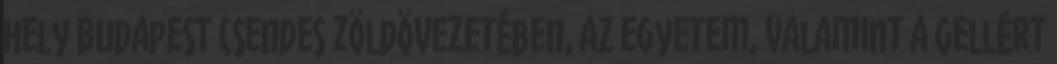
hely Budapest csendes zöldövezetében, az egyetem, valamint a Gellért